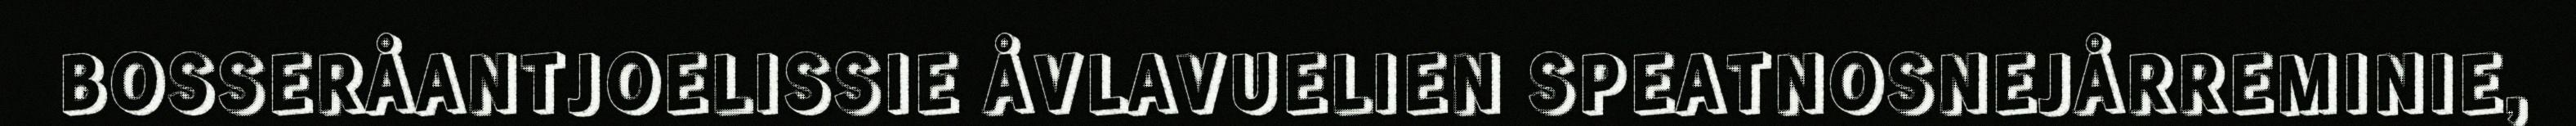
BOSSERÅANTJOELISSIE ÅVLAVUELIEN SPEATNOSNEJÅRREMINIE,